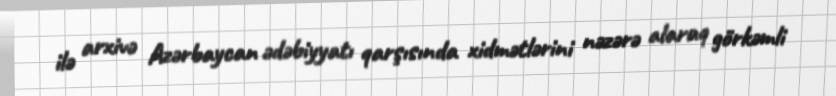
ilə arxivə Azərbaycan ədəbiyyatı qarşısında xidmətlərini nəzərə alaraq görkəmli